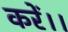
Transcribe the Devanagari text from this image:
करें।।